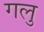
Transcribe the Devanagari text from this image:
गलु